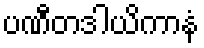
ပဏီတဒါယိကာနံ